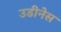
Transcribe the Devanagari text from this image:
उडीनेस